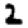
Digit: 2